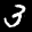
Label: 3